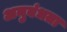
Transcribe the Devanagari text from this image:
अनुबंधता